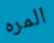
المره